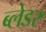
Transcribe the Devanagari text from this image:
ब्लेडर